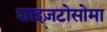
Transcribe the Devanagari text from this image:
शाइज़टोसोमा